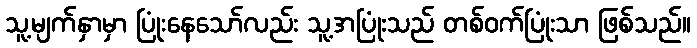
သူ့မျက်နှာမှာ ပြုံးနေသော်လည်း သူ့အပြုံးသည် တစ်ဝက်ပြုံးသာ ဖြစ်သည်။